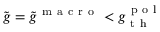
\tilde { g } = \tilde { g } ^ { \mathrm { ~ m ~ a ~ c ~ r ~ o ~ } } < g _ { \mathrm { ~ t ~ h ~ } } ^ { \mathrm { ~ p ~ o ~ l ~ } }